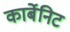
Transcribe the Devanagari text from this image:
कार्बेनिट